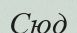
Сюд